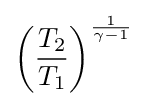
\left({\frac {T_{2}}{T_{1}}}\right)^{\frac {1}{\gamma -1}}